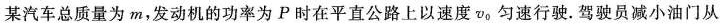
某汽车总质量为m，发动机的功率为P时在平直公路上以速度v_{0}匀速行驶.驾驶员减小油门从